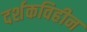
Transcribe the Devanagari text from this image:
दर्शकविहीन